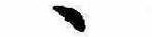
ゝ